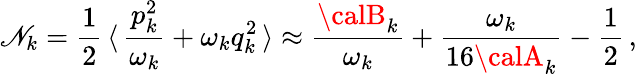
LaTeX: \mathscr{N}_{k}=\frac{{1}}{{2}}\, \langle\, \frac{{p_{k}^{2}}}{{\omega_{k}}}+\omega_{k}q_{k}^{2}\, \rangle\approx\frac{{{\calB}_{k}}}{{\omega_{k}}}+\frac{{\omega_{k}}}{{16{\calA}_{k}}}-\frac{{1}}{{2}}\, ,